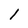
Character: l